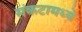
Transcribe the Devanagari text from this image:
संकटामध्ये